Indian journal of veterinary science and animal husbandry - Volumes 15-17, 1948-1951
Year: 1948
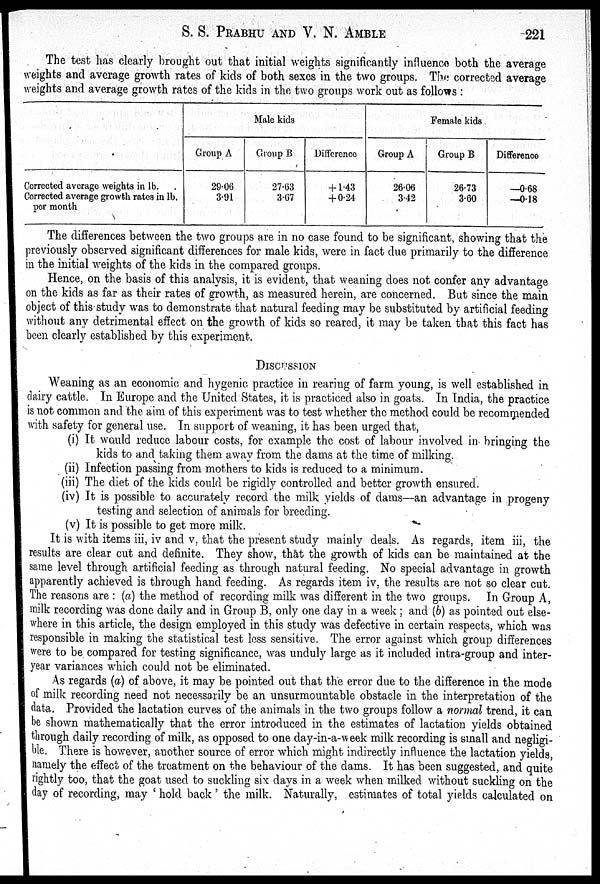
S. S. PRABHU AND V. N. AMBLE 221
The test has clearly brought out that initial weights significantly influence both the average
weights and average growth rates of kids of both sexes in the two groups. The corrected average
weights and average growth rates of the kids in the two groups work out as follows :
Corrected average weights in lb.
Corrected average growth rates in lb.
per month
Group A
29.06
3.91
Male kids
Group B
27.63
3.67
Difference
+ 1.43
+ 0.24
Group A
26.06
3.42
Female kids
Group B
26.73
3.60
Difference
—0.68
—0.18
The differences between the two groups are in no case found to be significant, showing that the
previously observed significant differences for male kids, were in fact due primarily to the difference
in the initial weights of the kids in the compared groups.
Hence, on the basis of this analysis, it is evident, that weaning does not confer any advantage
on the kids as far as their rates of growth, as measured herein, are concerned. But since the main
object of this study was to demonstrate that natural feeding may be substituted by artificial feeding
without any detrimental effect on the growth of kids so reared, it may be taken that this fact has
been clearly established by this experiment.
DISCUSSION
Weaning as an economic and hygenic practice in rearing of farm young, is well established in
dairy cattle. In Europe and the United States, it is practiced also in goats. In India, the practice
is not common and the aim of this experiment was to test whether the method could be recommended
with safety for general use. In support of weaning, it has been urged that,
(i) It would reduce labour costs, for example the cost of labour involved in bringing the
kids to and taking them away from the dams at the time of milking.
(ii) Infection passing from mothers to kids is reduced to a minimum.
(iii) The diet of the kids could be rigidly controlled and better growth ensured.
(iv) It is possible to accurately record the milk yields of dams—an advantage in progeny
testing and selection of animals for breeding.
(v) It is possible to get more milk.
It is with items iii, iv and v, that the present study mainly deals. As regards, item iii, the
results are clear cut and definite. They show, that the growth of kids can be maintained at the
same level through artificial feeding as through natural feeding. No special advantage in growth
apparently achieved is through hand feeding. As regards item iv, the results are not so clear cut.
The reasons are : (a) the method of recording milk was different in the two groups. In Group A,
milk recording was done daily and in Group B, only one day in a week ; and (b) as pointed out else-
where in this article, the design employed in this study was defective in certain respects, which was
responsible in making the statistical test less sensitive. The error against which group differences
were to be compared for testing significance, was unduly large as it included intra-group and inter-
year variances which could not be eliminated.
As regards (a) of above, it may be pointed out that the error due to the difference in the mode
of milk recording need not necessarily be an unsurmountable obstacle in the interpretation of the
data. Provided the lactation curves of the animals in the two groups follow a normal trend, it can
be shown mathematically that the error introduced in the estimates of lactation yields obtained
through daily recording of milk, as opposed to one day-in-a-week milk recording is small and negligi-
ble. There is however, another source of error which might indirectly influence the lactation yields,
namely the effect of the treatment on the behaviour of the dams. It has been suggested, and quite
rightly too, that the goat used to suckling six days in a week when milked without suckling on the
day of recording, may 'hold back' the milk. Naturally, estimates of total yields calculated on